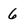
Character: 6